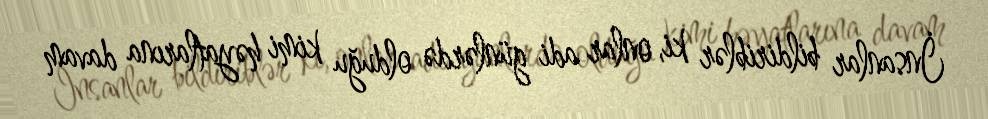
İnsanlar bildiriblər ki, onlar adi günlərdə olduğu kimi həyatlarına davam